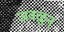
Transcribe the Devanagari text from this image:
जवळुन्